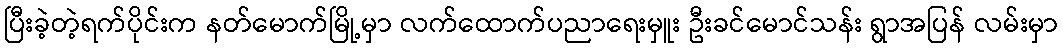
ပြီးခဲ့တဲ့ရက်ပိုင်းက နတ်မောက်မြို့မှာ လက်ထောက်ပညာရေးမှူး ဦးခင်မောင်သန်း ရွာအပြန် လမ်းမှာ